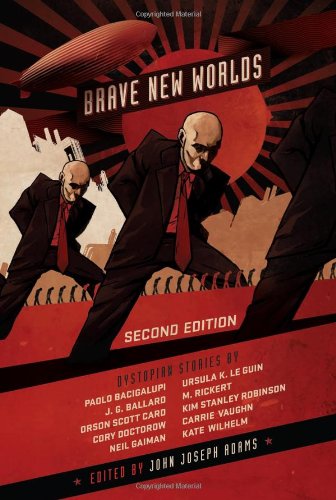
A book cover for Brave New Worlds (Dystopian Stories); Science Fiction & Fantasy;